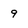
Character: 9